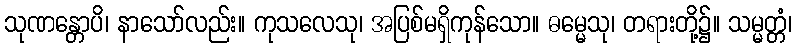
သုဏန္တောပိ၊ နာသော်လည်း။ ကုသလေသု၊ အပြစ်မရှိကုန်သော။ ဓမ္မေသု၊ တရားတို့၌။ သမ္မတ္တံ၊